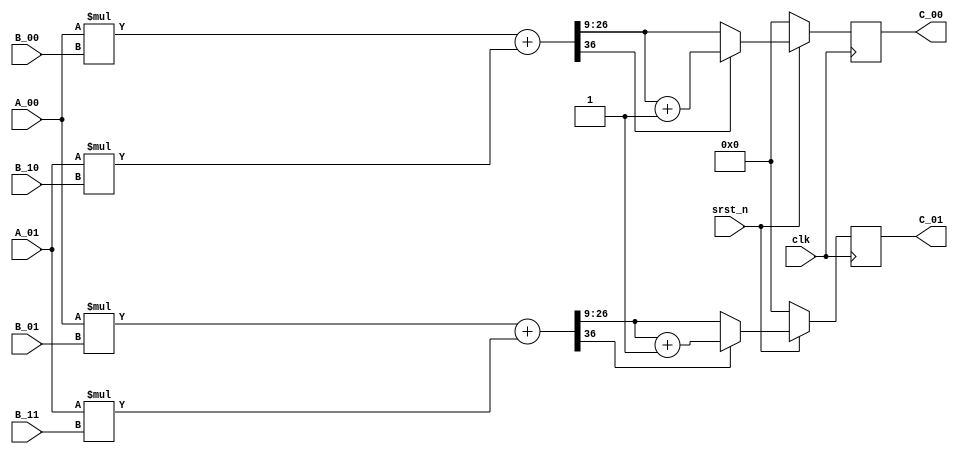
module mult_1x2_2x2 #(
parameter BIT_NUM = 18,
parameter FRAC_NUM = 9
) 
(
  input clk,
  input srst_n,
  input [BIT_NUM-1:0] A_00,
  input [BIT_NUM-1:0] A_01,
  input [BIT_NUM-1:0] B_00,
  input [BIT_NUM-1:0] B_01,
  input [BIT_NUM-1:0] B_10,
  input [BIT_NUM-1:0] B_11,
  output reg signed [BIT_NUM-1:0] C_00,
  output reg signed [BIT_NUM-1:0] C_01
);


// mult phase
reg signed [2*BIT_NUM-1:0] mult [0:3];
always@* begin
  mult[0] = $signed(A_00) * $signed(B_00);
  mult[1] = $signed(A_01) * $signed(B_10);
  mult[2] = $signed(A_00) * $signed(B_01);
  mult[3] = $signed(A_01) * $signed(B_11);
end
/*always@(posedge clk)
  if(~srst_n) begin
    mult[0] <= 0;
    mult[1] <= 0;
    mult[2] <= 0;
    mult[3] <= 0;
  end
  else begin
    mult[0] <= $signed(A_00) * $signed(B_00);
    mult[1] <= $signed(A_01) * $signed(B_10);
    mult[2] <= $signed(A_00) * $signed(B_01);
    mult[3] <= $signed(A_01) * $signed(B_11);
  end*/

// add phase
reg signed [2*BIT_NUM:0] add [0:1];
always@* begin
  add[0] = mult[0] + mult[1];
  add[1] = mult[2] + mult[3];
end

// quantization
always@(posedge clk)
  if(~srst_n) begin
    C_00 <= 0;
    C_01 <= 0;
  end  
  else begin
    if(add[0][2*BIT_NUM])
      C_00 <= add[0][BIT_NUM+FRAC_NUM-1:FRAC_NUM] + 1'b1;
    else
      C_00 <= add[0][BIT_NUM+FRAC_NUM-1:FRAC_NUM];
    if(add[1][2*BIT_NUM])
      C_01 <= add[1][BIT_NUM+FRAC_NUM-1:FRAC_NUM] + 1'b1;
    else
      C_01 <= add[1][BIT_NUM+FRAC_NUM-1:FRAC_NUM];
  end




endmodule